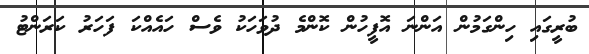
ބުރީގައި ހިންގަމުން އަންނަ އޮފީހުން ކޮންމެ ދުވަހަކު ވެސް ހައެއްކަ ފަހަރު ކަރަންޓު